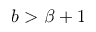
b > \beta + 1